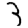
Digit: 3